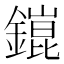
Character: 𨬌